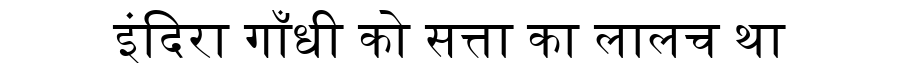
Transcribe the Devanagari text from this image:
इंदिरा गाँधी को सत्ता का लालच था